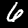
Digit: 6